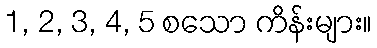
1, 2, 3, 4, 5 စသော ကိန်းများ။